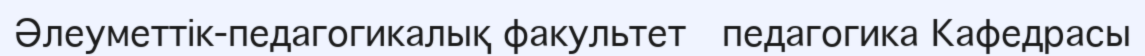
Әлеуметтік-педагогикалық факультет   педагогика Кафедрасы